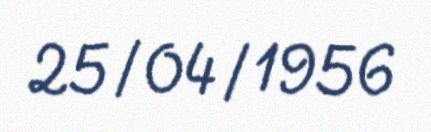
25/04/1956